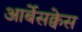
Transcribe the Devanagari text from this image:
आर्बेसक्वेस